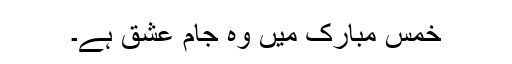
خمسِ مُبارک میں وہ جامِ عشق ہے۔